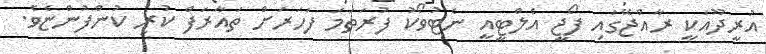
އުރީދޫއަކީ ރާއްޖޭގައި ފޯޖީ އެލްޓީއީ ނެޓުވޯކު ފުރަތަމަ ފަހަރަށް ތައާރަފް ކުރި ކުންފުންޏެވެ.